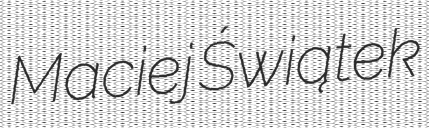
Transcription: Maciej Świątek